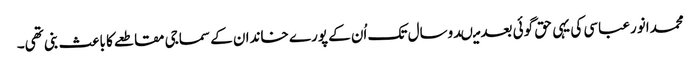
محمدانورعباسی کی یہی حق گوئی بعد میںدوسال تک اُن کے پورے خاندان کے سماجی مقاطعے کا باعث بنی تھی۔